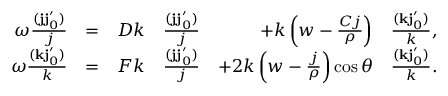
\begin{array} { r l r l r l } { \omega \frac { ( \ensuremath { \mathbf { j } } \ensuremath { \mathbf { j } _ { 0 } ^ { \prime } } ) } { j } } & { = } & { D k } & { \frac { ( \ensuremath { \mathbf { j } } \ensuremath { \mathbf { j } _ { 0 } ^ { \prime } } ) } { j } } & { + k \left( w - \frac { C j } { \rho } \right) } & { \frac { ( \ensuremath { \mathbf { k } } \ensuremath { \mathbf { j } _ { 0 } ^ { \prime } } ) } { k } , } \\ { \omega \frac { ( \ensuremath { \mathbf { k } } \ensuremath { \mathbf { j } _ { 0 } ^ { \prime } } ) } { k } } & { = } & { F k } & { \frac { ( \ensuremath { \mathbf { j } } \ensuremath { \mathbf { j } _ { 0 } ^ { \prime } } ) } { j } } & { + 2 k \left( w - \frac { j } { \rho } \right) \cos \theta } & { \frac { ( \ensuremath { \mathbf { k } } \ensuremath { \mathbf { j } _ { 0 } ^ { \prime } } ) } { k } . } \end{array}